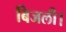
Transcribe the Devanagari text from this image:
बिजली।